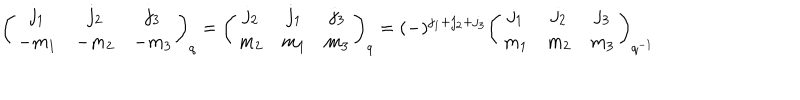
LaTeX: \left( \begin{array} { c c c } { { j _ { 1 } } } & { { j _ { 2 } } } & { { j _ { 3 } } } \\ { { - m _ { 1 } } } & { { - m _ { 2 } } } & { { - m _ { 3 } } } \\ \end{array} \right) _ { q } = \left( \begin{array} { c c c } { { j _ { 2 } } } & { { j _ { 1 } } } & { { j _ { 3 } } } \\ { { m _ { 2 } } } & { { m _ { 1 } } } & { { m _ { 3 } } } \\ \end{array} \right) _ { q } = ( - ) ^ { j _ { 1 } + j _ { 2 } + j _ { 3 } } \left( \begin{array} { c c c } { { j _ { 1 } } } & { { j _ { 2 } } } & { { j _ { 3 } } } \\ { { m _ { 1 } } } & { { m _ { 2 } } } & { { m _ { 3 } } } \\ \end{array} \right) _ { q ^ { - 1 } }